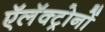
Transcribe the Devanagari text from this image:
ऍलॅक्ट्रोनों